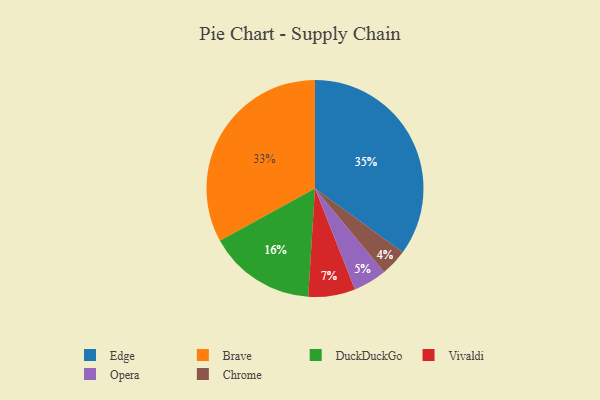
{"axis": {"x": "Category", "y": "Percentage"}, "legend": ["Brave", "Chrome", "DuckDuckGo", "Edge", "Opera", "Vivaldi"], "data": [{"x": "DuckDuckGo", "y": 16, "type": "DuckDuckGo"}, {"x": "Opera", "y": 5, "type": "Opera"}, {"x": "Chrome", "y": 4, "type": "Chrome"}, {"x": "Edge", "y": 35, "type": "Edge"}, {"x": "Vivaldi", "y": 7, "type": "Vivaldi"}, {"x": "Brave", "y": 33, "type": "Brave"}]}